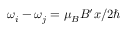
\omega _ { i } - \omega _ { j } = \mu _ { B } B ^ { \prime } x / 2 \hbar